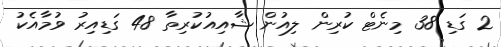
2 ގަޑި 38 މިނެޓް ކުރިން ލިއުން ޝާއިއުކުރިތާ 48 ގަޑިއިރު ވުމާއެކު